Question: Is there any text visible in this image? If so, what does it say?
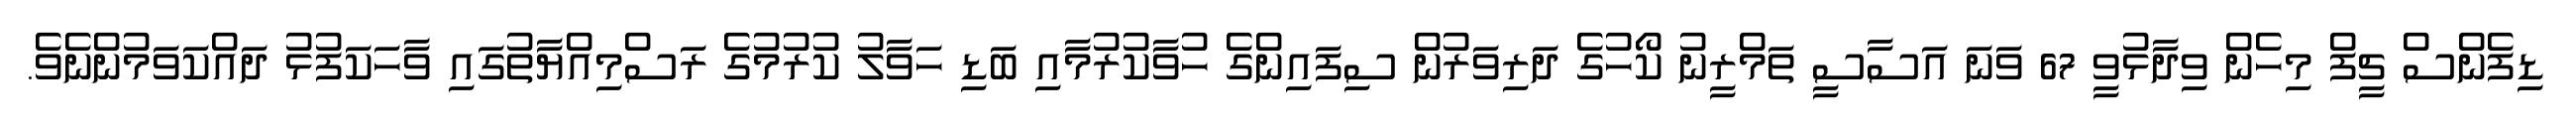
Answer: ޑިފެންސް ޗީފް މިހެން ވިދާޅުވީ 67 ވަނަ އަސާސީ ތަމްރީނު ކޯހުގެ ދަރިވަރުން ސިފައިންގެ ހުވާކުރުމާއި ބަޑި ހަވާލު ކުރުމުގެ ރަސްމިއްޔާތުގައި ވާހަކަފުޅު ދައްކަވަމުންނެވެ.